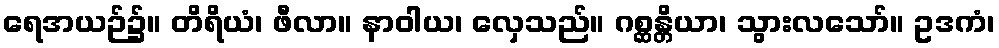
ရေအယဉ်၌။ တိရိယံ၊ ဖီလာ။ နာဝါယ၊ လှေသည်။ ဂစ္ဆန္တိယာ၊ သွားလသော်။ ဥဒကံ၊